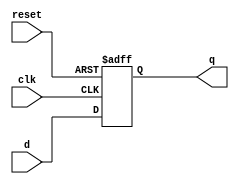
//Implementacin Ejercicios 1 y 3 


module FFD (input clk, reset, d,
            output reg q);
        always @ (posedge clk or posedge reset)begin
            if (reset) begin
                q <= 1'b0;
            end
            else begin
                q <= d;
            end
        end   
endmodule


//Ejercicio 1

module Ejer1(input A, B, CLK, RESET,
             output Y, output wire [1:0] SF2, S2);
        wire S0, S1, SF0, SF1;

        assign SF0 = (~S1 & ~S0 & A);
        assign SF1 = (~S1 & S0 & B) | (S1 & ~S0 & A & B);

        FFD F1(CLK, RESET, SF0, S0);
        FFD F2(CLK, RESET, SF1, S1);

        assign S2 = {S1, S0};
        assign SF2 = {SF1, SF0};
        assign Y = (S1 & ~S0 & A & B);

endmodule


//Ejercicio 3

module Ejer3(input A, clk, reset,
             output Y1, Y2, Y3, 
             output wire [2:0] SF3, S3);
    wire S0, S1, S2, SF0, SF1, SF2;

    assign SF0 = (S0 & ~S2 & ~A) | (S0 & S1 & A) | (S0 & ~S1 & S2) | (~S0 & S1 & S2 & ~A) | (~S0 & S1 & ~S2 & ~A);  
    assign SF1 = (S1 & ~S2 & ~A) | (~S1 & S2 & ~A) | (~S1 & ~S2 & A) | (S1 & S2 & A);
    assign SF2 = ~S2;

    FFD F0(clk, reset, SF0, S0);
    FFD F1(clk, reset, SF1, S1);
    FFD F2(clk, reset, SF2, S2);

    assign S3 = {S0, S1, S2};
    assign SF3 = {SF0, SF1, SF2};
    assign Y1 = S0; 
    assign Y2 = (S0 & ~S1) | (~S0 & S1);
    assign Y3 = (S1 & ~S2) | (~S1 & S2);


endmodule